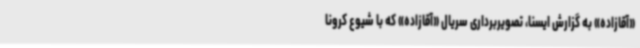
«آقازاده» به گزارش ایسنا، تصویربرداری سریال «آقازاده» که با شیوع کرونا